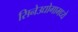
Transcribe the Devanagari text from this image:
सिनेउद्योगामध्ये